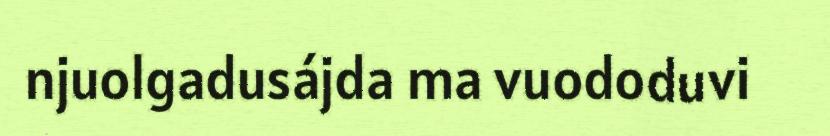
njuolgadusájda ma vuododuvi